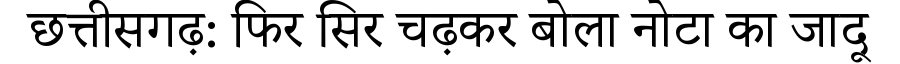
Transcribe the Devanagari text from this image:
छत्तीसगढ़: फिर सिर चढ़कर बोला नोटा का जादू